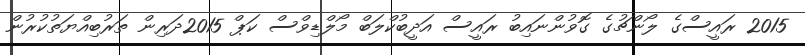
2015 ރައީސްގެ ލޯންޗުގެ ގޮވުންނައިބު ރައީސް އަދީބުކްލަބް މޯލްޑިވްސް ކަޕް 2015ދަރިން ތަރުބިއްޔަތުކުރުން